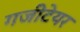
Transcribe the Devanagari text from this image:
गजीटेयर